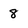
Character: 8